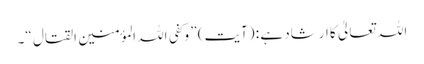
اللہ تعالیٰ کا ارشاد ہے : (آیت) ” وکفی اللہ المؤمنین القتال “۔